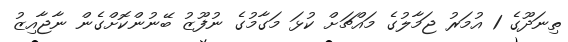
ތިނަދޫގެ 1 އުމަރު ޖަމާލުގެ މައްޗަށް ކުޅަ މަގާމުގެ ނުފޫޒު ބޭނުންކޮށްގެން ނާޖާއިޒު